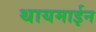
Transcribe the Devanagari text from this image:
थायमाईन